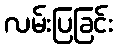
လမ်းပြခြင်း